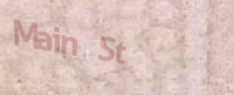
Main St